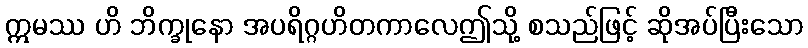
ဣမဿ ဟိ ဘိက္ခုနော အပရိဂ္ဂဟိတကာလေဤသို့ စသည်ဖြင့် ဆိုအပ်ပြီးသော